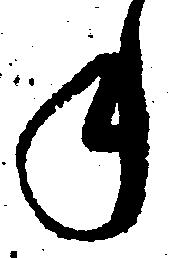
年